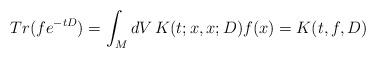
LaTeX: \begin{align*} Tr(f e^{-tD}) = \int_M dV\, K(t; x, x; D) f(x) = K(t, f, D)\end{align*}